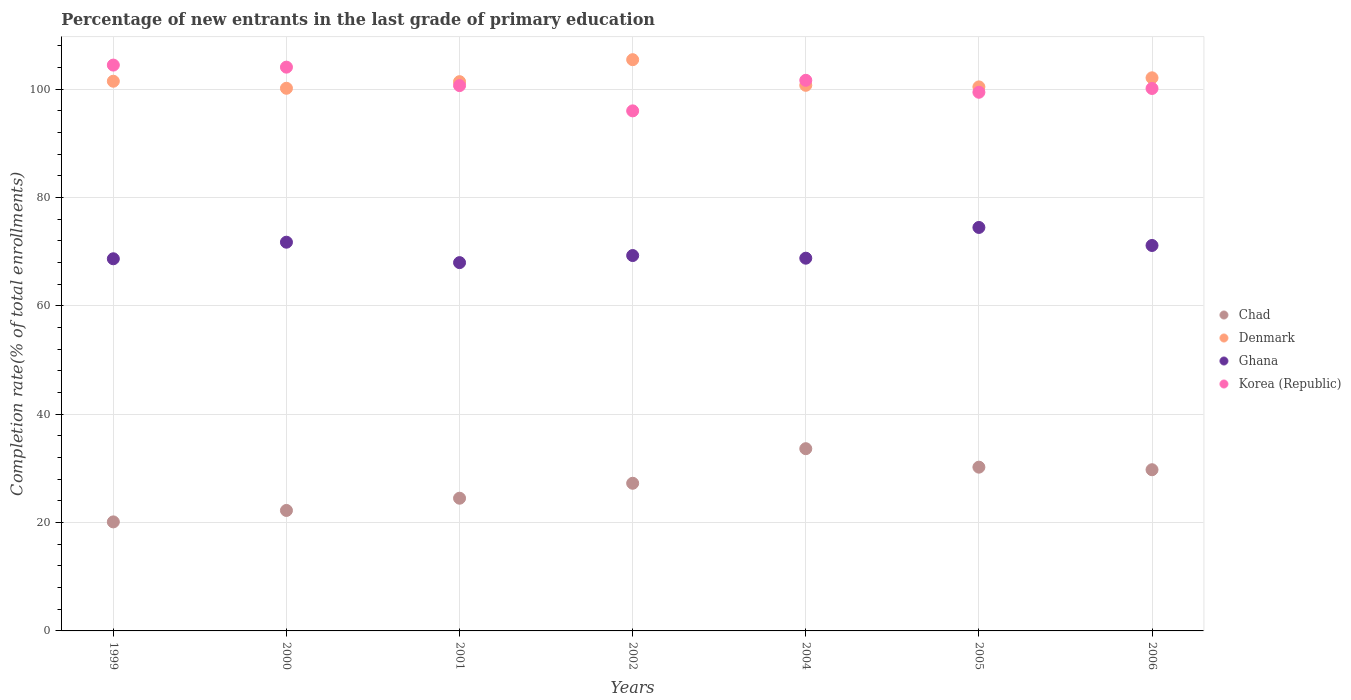
| Years | Chad | Denmark | Ghana | Korea (Republic) |
 | --- | --- | --- | --- | --- |
 | 1999 | 20.1 | 101 | 68.7 | 104 |
 | 2000 | 22.2 | 100 | 71.8 | 104 |
 | 2001 | 24.5 | 101 | 68 | 101 |
 | 2002 | 27.3 | 105 | 69.3 | 96 |
 | 2004 | 33.6 | 101 | 68.8 | 102 |
 | 2005 | 30.2 | 100 | 74.5 | 99.5 |
 | 2006 | 29.8 | 102 | 71.2 | 100 |